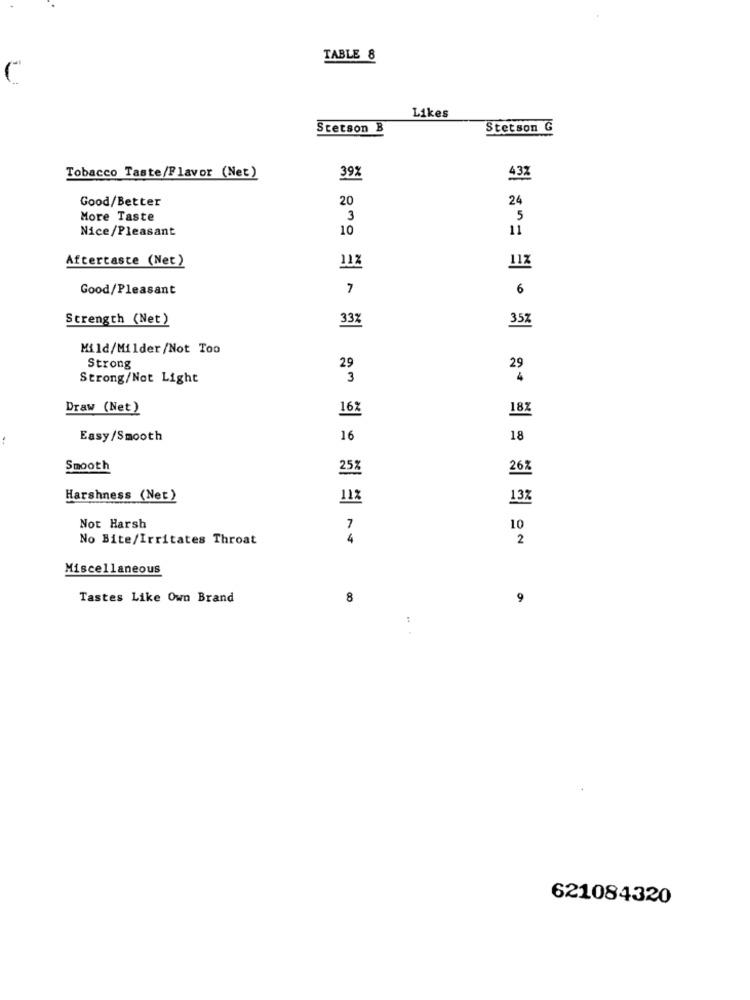
TABLE 8
Likes
Stetson B
Stetson G
Tobacco Taste/Flavor (Net)
392
432
Good/Better
20
24
More Taste
3
5
Nice/Pleasant
10
11
Aftertaste (Net)
122
11Z
Good/Pleasant
6
Strength (Net)
357
33%
Mild/Milder/Not Too
Strong
29
29
Strong/Not Light
3
Draw (Net)
162
18Z
Easy/Smooth
16
18
Smooth
25%
262
Harshness (Net)
112
132
Not Harsh
7
10
No Bite/Irritates Throat
4
2
Miscellaneous
Tastes Like Own Brand
8
9
:
..
621084320